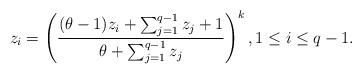
LaTeX: \begin{align*}z_i=\left(\frac{(\theta-1)z_i+\sum_{j=1}^{q-1}z_j+1}{\theta+ \sum_{j=1}^{q-1}z_j}\right)^k, 1\leq i \leq q-1.\end{align*}